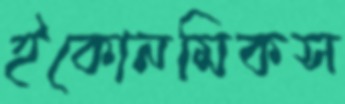
ইকোনমিকস